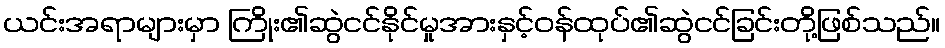
ယင်းအရာများမှာ ကြိုး၏ဆွဲငင်နိုင်မှုအားနှင့်ဝန်ထုပ်၏ဆွဲငင်ခြင်းတို့ဖြစ်သည်။